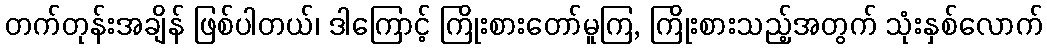
တက်တုန်းအချိန် ဖြစ်ပါတယ်၊ ဒါကြောင့် ကြိုးစားတော်မူကြ, ကြိုးစားသည့်အတွက် သုံးနှစ်လောက်